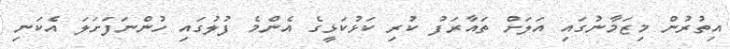
އިތުރުން މިޒަމާނުގައި އަލަށް ތައާރަފު ކުރި ކަޅުކަޅީގެ އެންމެ ފުލުގައި ހުންނަފަށަލަ އެކަނި